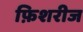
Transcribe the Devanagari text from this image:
फ़िशरीज